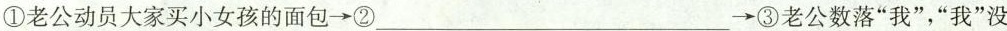
①老公动员大家买小女孩的面包\longrightarrow ② ___ \longrightarrow ③老公数落”我”，”我”没